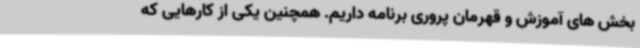
بخش های آموزش و قهرمان پروری برنامه داریم. همچنین یکی از کارهایی که